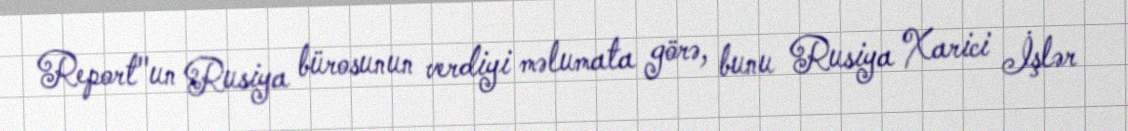
Report"un Rusiya bürosunun verdiyi məlumata görə, bunu Rusiya Xarici İşlər